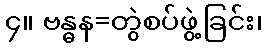
၄။ ဗန္ဓန=တွဲစပ်ဖွဲ့ခြင်း၊